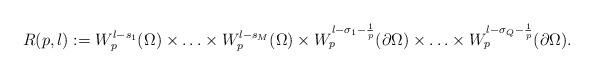
LaTeX: \begin{align*}R(p,l):=W^{l-s_1}_p(\Omega)\times \ldots\times W^{l-s_M}_p(\Omega)\times W^{l-\sigma_1-\frac{1}{p}}_p(\partial\Omega)\times \ldots\times W^{l-\sigma_Q-\frac{1}{p}}_p(\partial\Omega).\end{align*}